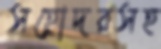
সহোদরসহ